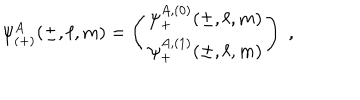
LaTeX: \psi _ { ( + ) } ^ { A } ( \pm , \ell , m ) = \left( \begin{array} { c } { { \psi _ { + } ^ { A , ( 0 ) } ( \pm , \ell , m ) } } \\ { { \psi _ { + } ^ { A , ( 1 ) } ( \pm , \ell , m ) } } \\ \end{array} \right) \; ,